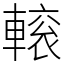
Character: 𨍽